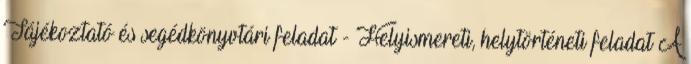
Tájékoztató és segédkönyvtári feladat - Helyismereti, helytörténeti feladat A